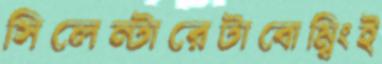
সিলেন্টারেটাবোম্বিংই